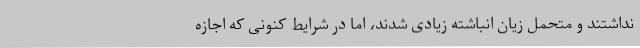
نداشتند و متحمل زیان انباشته زیادی شدند، اما در شرایط کنونی که اجازه